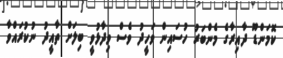
ކޮމަންޑޫ ދާއިރާގެ މެންބަރު ހުސައިން ވަހީދު ވެސް ވިދާޅުވީ ބިލަށް ތާއީދު ނުކުރައްވާ